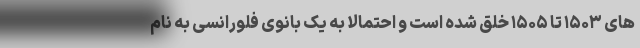
های ۱۵۰۳ تا ۱۵۰۵ خلق شده است و احتمالا به یک بانوی فلورانسی به نام